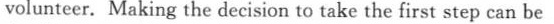
volunteer. Making the decision to take the first step can be